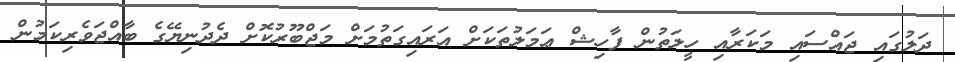
ދަލުގައި ޖައްސައި މަކަރާއި ހީލަތުން ފާހިޝް ޢަމަލުތަކަށް އަރައިގަތުމަށް މަޖްބޫރުކޮށް ދެދުނިޔޭގެ ބާއްޖަވެރިކަމުން